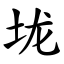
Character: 垅